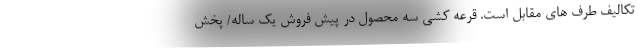
تکالیف طرف های مقابل است. قرعه کشی سه محصول در پیش فروش یک ساله/ پخش